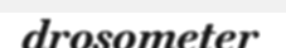
drosometer